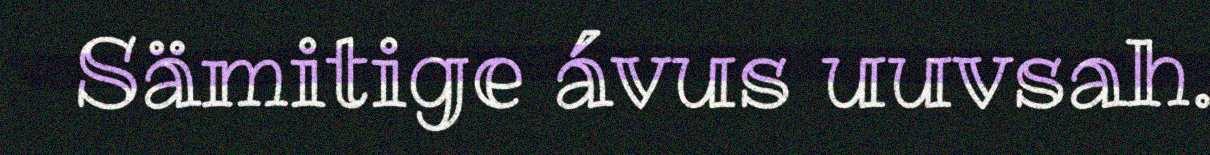
Sämitige ávus uuvsah.